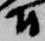
尉